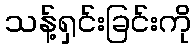
သန့်ရှင်းခြင်းကို